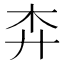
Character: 𢌶